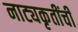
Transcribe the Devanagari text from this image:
नाट्यकृतींची